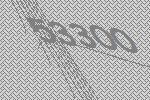
53300